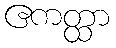
ဧကတ္ထာ